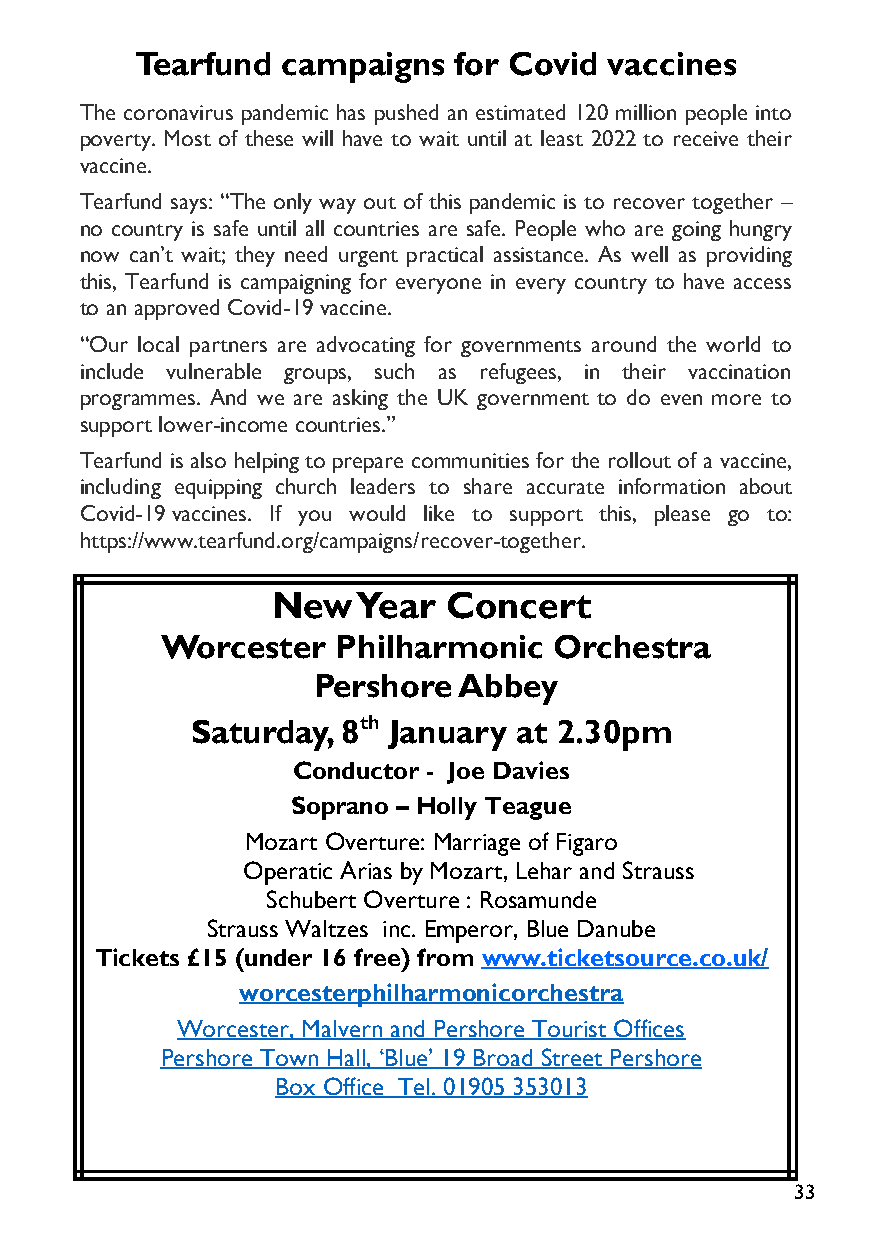
Tearfund  campaigns  for Covid vaccines
 The coronavirus pandemic has pushed an estimated 120 million people into
 poverty. Most of these will have to wait until at least 2022 to receive their
 vaccine.
 Tearfund says: “The only way out of this pandemic is to recover together –
 no country is safe until all countries are safe. People who are going hungry
 now can’t wait; they need urgent practical assistance. As well as providing
 this, Tearfund is campaigning for everyone in every country to have access
 to an approved Covid-19 vaccine.
 “Our local partners are advocating for governments around the world to
 include vulnerable groups, such as refugees, in their vaccination
 programmes. And we are asking the UK government to do even more to
 support lower-income countries.”
 Tearfund is also helping to prepare communities for the rollout of a vaccine,
 including equipping church leaders to share accurate information about
 Covid-19 vaccines. If you would like to support this, please go to:
 https://www.tearfund.org/campaigns/recover-together.
 New   Year  Concert
 Worcester  Philharmonic   Orchestra
 Pershore Abbey
 Saturday, 8th January at 2.30pm
 Conductor - Joe Davies
 Soprano – Holly Teague
 Mozart Overture: Marriage of Figaro
 Operatic Arias by Mozart, Lehar and Strauss
 Schubert Overture : Rosamunde
 Strauss Waltzes inc. Emperor, Blue Danube
 Tickets £15 (under 16 free) from www.ticketsource.co.uk/
 worcesterphilharmonicorchestra
 Worcester, Malvern and Pershore Tourist Offices
 Pershore Town Hall, ‘Blue’ 19 Broad Street Pershore
 Box Office Tel. 01905 353013
 33